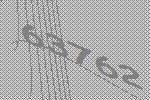
63762